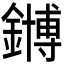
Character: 𫓆